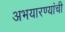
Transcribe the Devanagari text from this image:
अभयारण्यांची